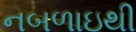
નબળાઇથી